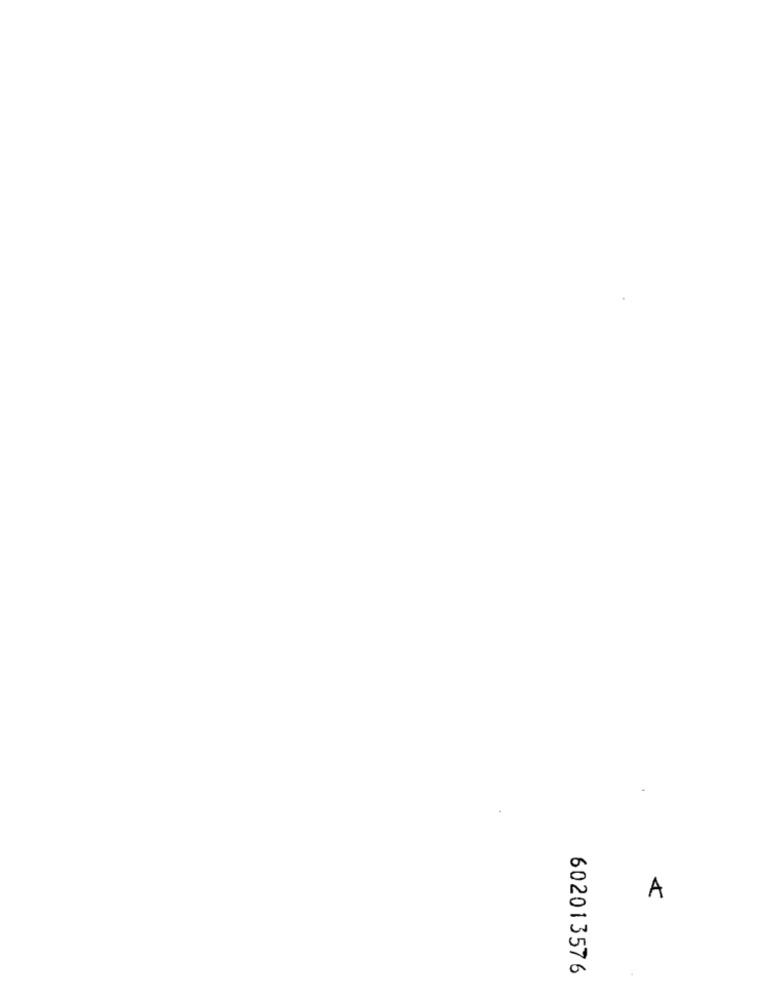
A
602013576